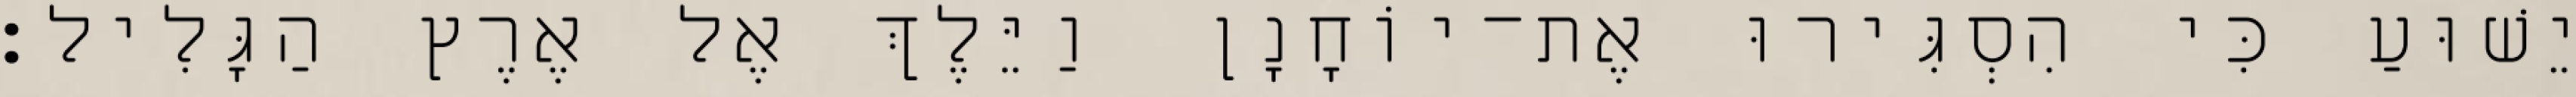
יֵשׁוּעַ כִּי הִסְגִּירוּ אֶת־יוֹחָנָן וַיֵּלֶךְ אֶל אֶרֶץ הַגָּלִיל׃